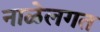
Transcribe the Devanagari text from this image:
नाळेलगत